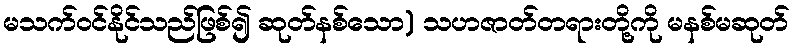
မသက်ဝင်နိုင်သည်ဖြစ်၍ ဆုတ်နစ်သော) သဟဇာတ်တရားတို့ကို မနစ်မဆုတ်